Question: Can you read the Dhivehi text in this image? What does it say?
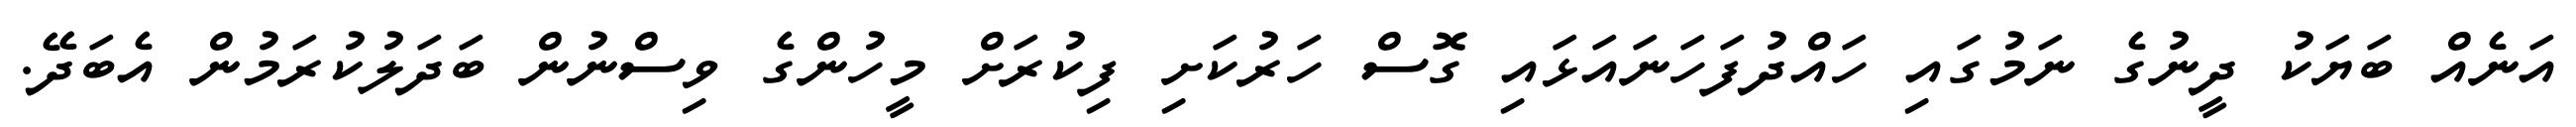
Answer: އަނެއް ބަޔަކު ދީނުގެ ނަމުގައި ހައްދުފަހަނައަޅައި ގޮސް ހަރުކަށި ފިކުރަށް މީހުންގެ ވިސްނުން ބަދަލުކުރަމުން އެބަދޭ.